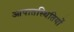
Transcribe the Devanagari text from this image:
आपातस्थितियों